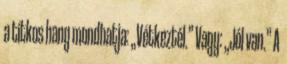
a titkos hang mondhatja: „Vétkeztél.” Vagy: „Jól van.” A